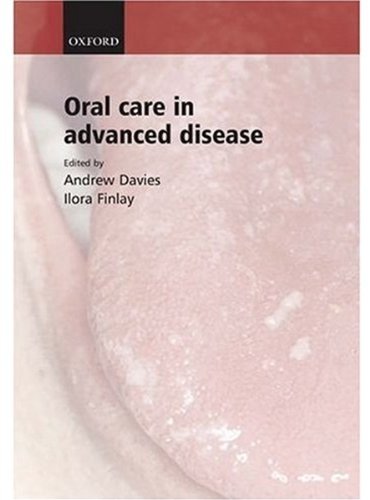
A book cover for Oral Care in Advanced Disease; Medical Books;